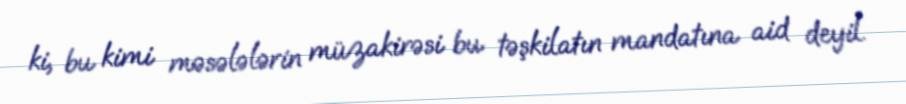
ki, bu kimi məsələlərin müzakirəsi bu təşkilatın mandatına aid deyil.